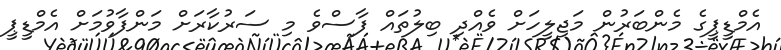
އެމްޑީޕީގެ މެންބަރުން މަޖިލީހަށް ވެއްދި ބިލުތައް ފާސްވެ މި ސަރުކާރަށް މަންފާވުމަށް އެމްޑީޕީ